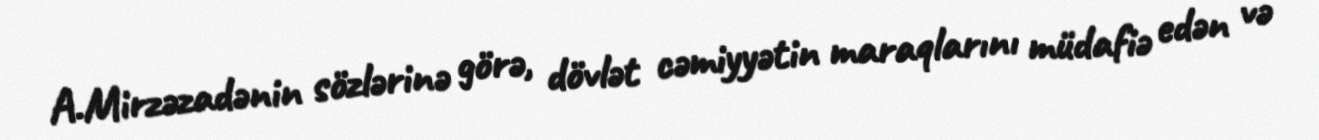
A.Mirzəzadənin sözlərinə görə, dövlət cəmiyyətin maraqlarını müdafiə edən və